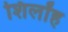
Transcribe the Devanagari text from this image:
शिलॉह